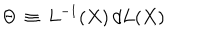
LaTeX: \Theta \, \equiv \, L ^ { - 1 } ( X ) \, d L ( X )